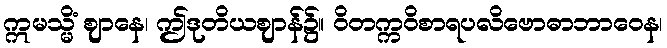
ဣမသ္မိံ ဈာနေ၊ ဤဒုတိယဈာန်၌။ ဝိတက္ကဝိစာရပလိဗောဓာဘာဝေန၊